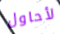
لأحاول